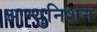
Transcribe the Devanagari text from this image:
आम्युनिशन